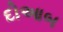
દોઆબ